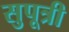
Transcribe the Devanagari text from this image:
सुपूत्री